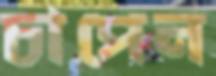
চাপেন